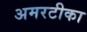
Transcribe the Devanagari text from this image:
अमरटीका